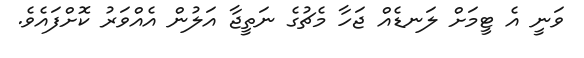
ވަނީ އެ ޓީމަށް ލަނޑެއް ޖަހާ މެޗުގެ ނަތީޖާ އަލުން އެއްވަރު ކޮށްފައެވެ.